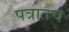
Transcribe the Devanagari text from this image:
पत्रातच